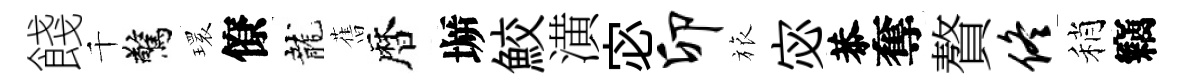
餞千驚𤨔僚龍𦾔暦󶱲鮫潢宓卯旅宓恭奪贅佟稍竊